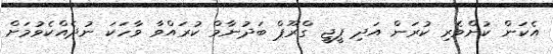
އެކަން ކުށްވެރި ކުރަން އަދި ޕީޖީ ގްރޫޕް ބަދުނާމް ކުރައްވާ ވާހަކަ ނުދެއްކެވުމަށް